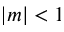
| m | < 1